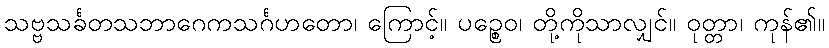
သဗ္ဗသင်္ခတသဘာဂေကသင်္ဂဟတော၊ ကြောင့်။ ပဉ္စေဝ၊ တို့ကိုသာလျှင်။ ဝုတ္တာ၊ ကုန်၏။